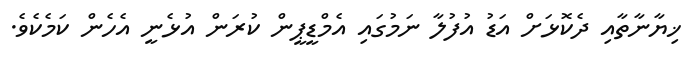
ޚިޔާނާތާއި ދެކޮޅަށް އަޑު އުފުލާ ނަމުގައި އެމްޑީޕީން ކުރަން އުޅެނީ އެހެން ކަމެކެވެ.